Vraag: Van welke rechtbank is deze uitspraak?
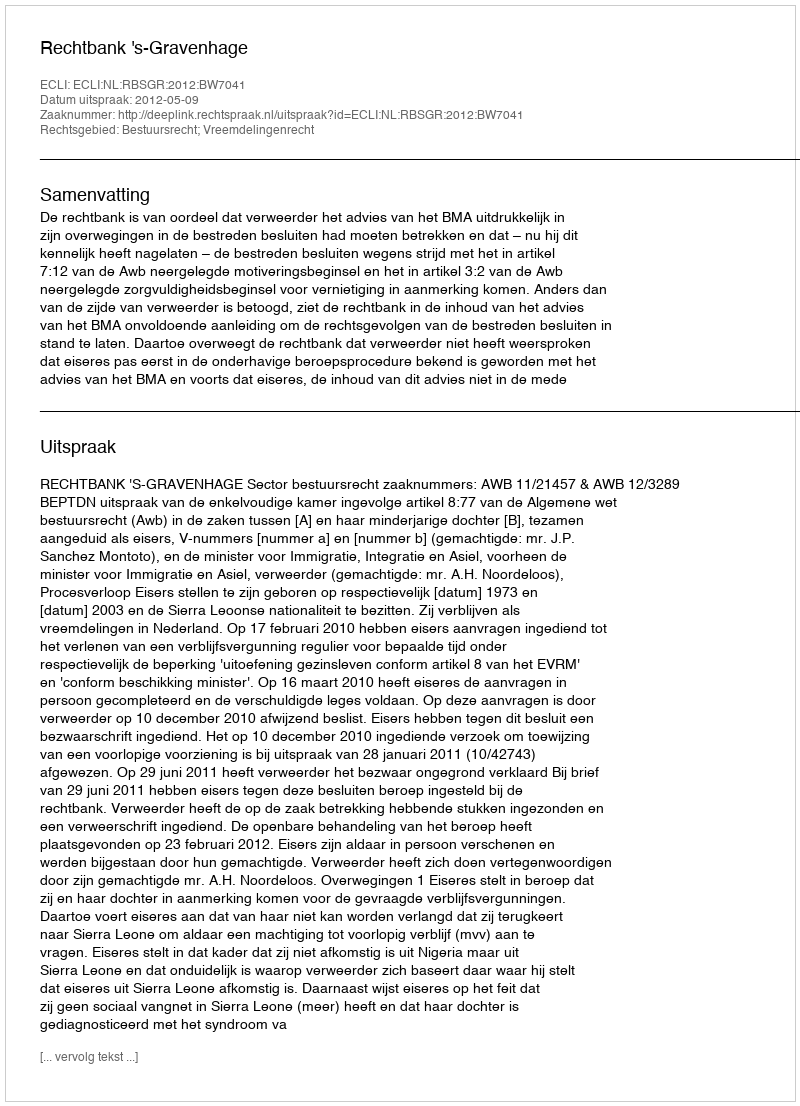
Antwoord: Rechtbank 's-Gravenhage